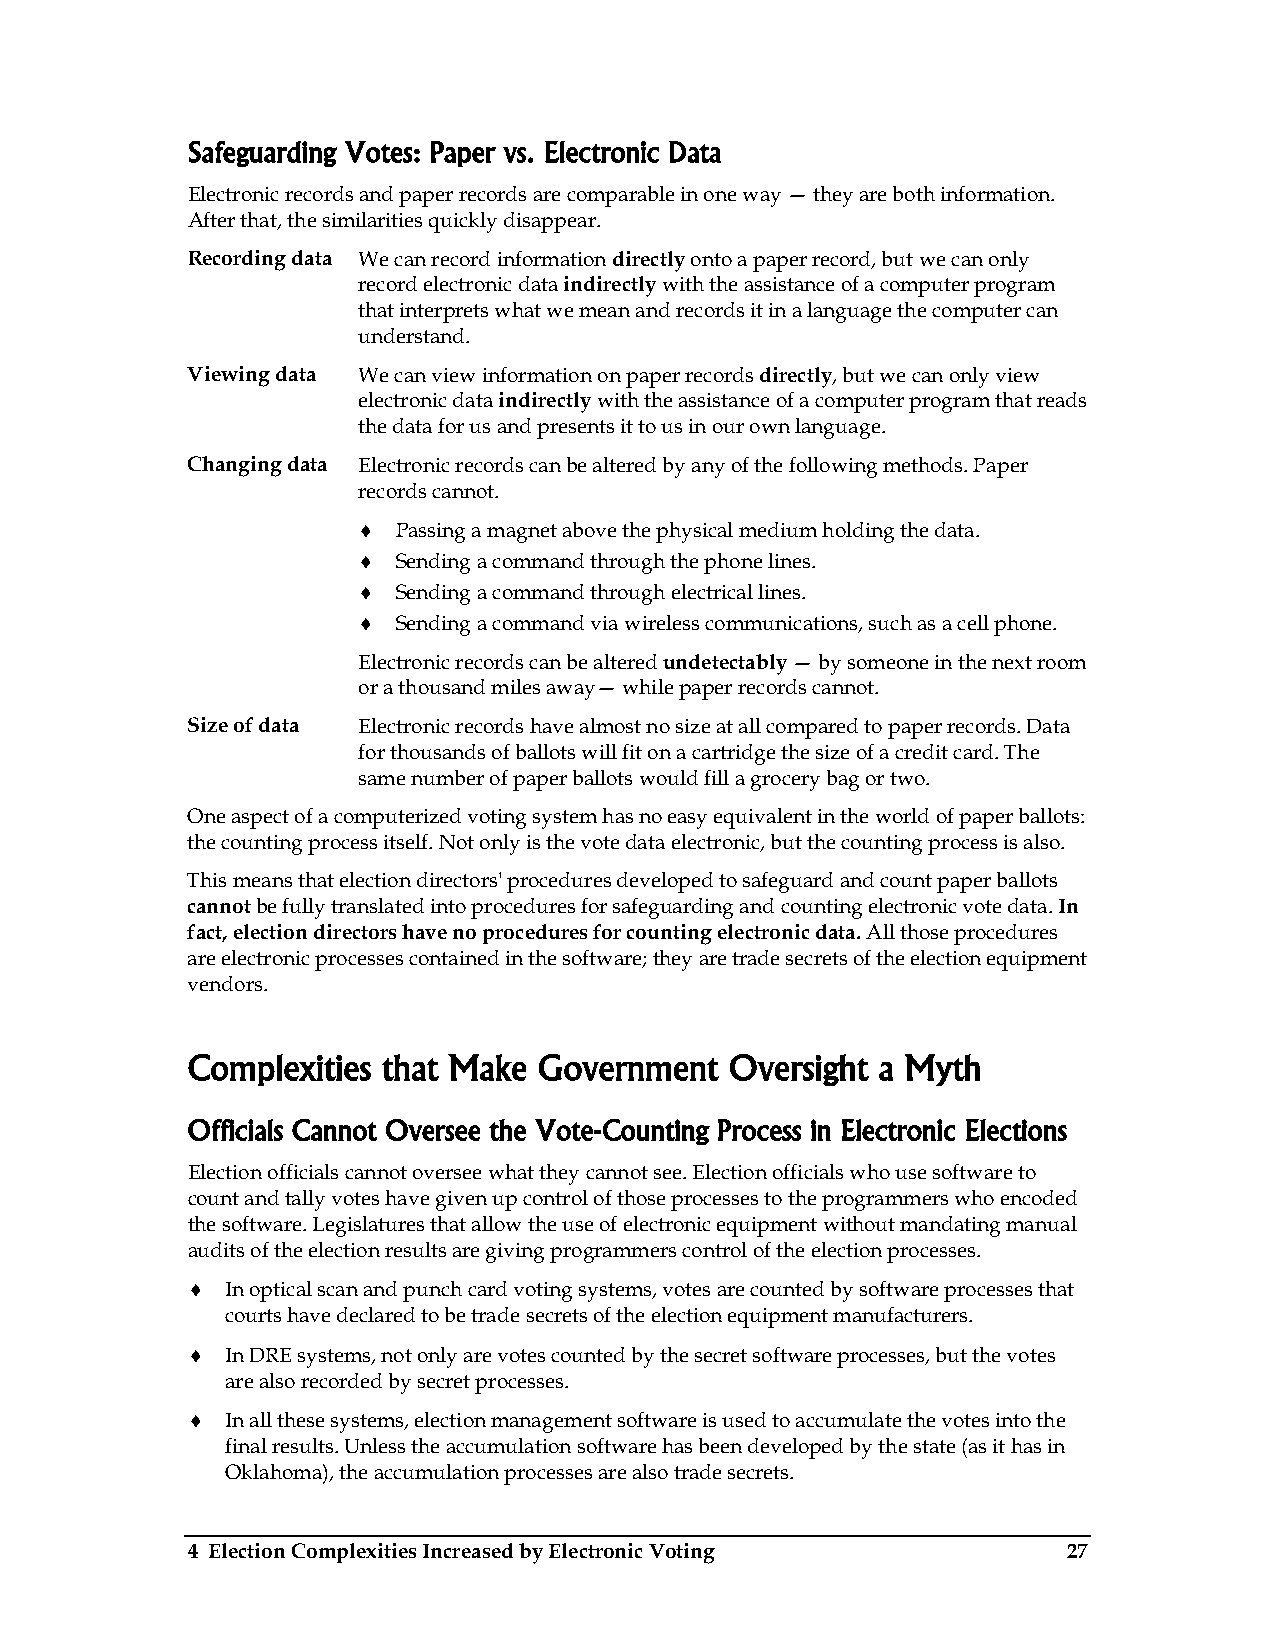
Safeguarding Votes: Paper vs. Electronic Data
 Electronic records and paper records are comparable in one way — they are both information.
 After that, the similarities quickly disappear.
 Recording data We can record information directly onto a paper record, but we can only
 record electronic data indirectly with the assistance of a computer program
 that interprets what we mean and records it in a language the computer can
 understand.
 Viewing data We can view information on paper records directly, but we can only view
 electronic data indirectly with the assistance of a computer program that reads
 the data for us and presents it to us in our own language.
 Changing data Electronic records can be altered by any of the following methods. Paper
 records cannot.
 ♦ Passing a magnet above the physical medium holding the data.
 ♦ Sending a command through the phone lines.
 ♦ Sending a command through electrical lines.
 ♦ Sending a command via wireless communications, such as a cell phone.
 Electronic records can be altered undetectably — by someone in the next room
 or a thousand miles away— while paper records cannot.
 Size of data Electronic records have almost no size at all compared to paper records. Data
 for thousands of ballots will fit on a cartridge the size of a credit card. The
 same number of paper ballots would fill a grocery bag or two.
 One aspect of a computerized voting system has no easy equivalent in the world of paper ballots:
 the counting process itself. Not only is the vote data electronic, but the counting process is also.
 This means that election directors' procedures developed to safeguard and count paper ballots
 cannot be fully translated into procedures for safeguarding and counting electronic vote data. In
 fact, election directors have no procedures for counting electronic data. All those procedures
 are electronic processes contained in the software; they are trade secrets of the election equipment
 vendors.
 Complexities that Make  Government  Oversight a Myth
 Officials Cannot Oversee the Vote-Counting Process in Electronic Elections
 Election officials cannot oversee what they cannot see. Election officials who use software to
 count and tally votes have given up control of those processes to the programmers who encoded
 the software. Legislatures that allow the use of electronic equipment without mandating manual
 audits of the election results are giving programmers control of the election processes.
 ♦  In optical scan and punch card voting systems, votes are counted by software processes that
 courts have declared to be trade secrets of the election equipment manufacturers.
 ♦  In DRE systems, not only are votes counted by the secret software processes, but the votes
 are also recorded by secret processes.
 ♦  In all these systems, election management software is used to accumulate the votes into the
 final results. Unless the accumulation software has been developed by the state (as it has in
 Oklahoma), the accumulation processes are also trade secrets.
 4 Election Complexities Increased by Electronic Voting     27